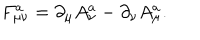
F _ { \mu \nu } ^ { a } = \partial _ { \mu } A _ { \nu } ^ { a } - \partial _ { \nu } A _ { \mu } ^ { a } .